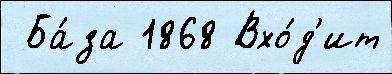
 Ба́за 1868 Вхо́д'ит